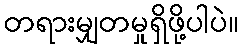
တရားမျှတမှုရှိဖို့ပါပဲ။